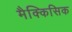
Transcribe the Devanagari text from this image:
मैक्किसिक